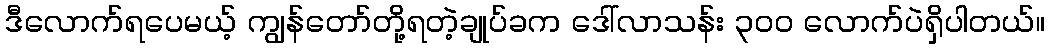
ဒီလောက်ရပေမယ့် ကျွန်တော်တို့ရတဲ့ချုပ်ခက ဒေါ်လာသန်း ၃၀ဝ လောက်ပဲရှိပါတယ်။